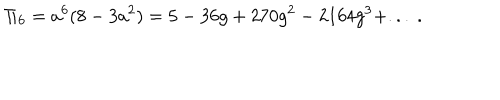
\Pi _ { 6 } = a ^ { 6 } ( 8 - 3 a ^ { 2 } ) = 5 - 3 6 g + 2 7 0 g ^ { 2 } - 2 1 6 4 g ^ { 3 } + . . . ~ .